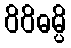
ဝိဝိဓမ္ပိ